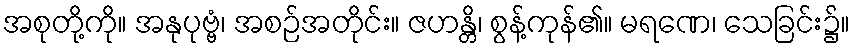
အစုတို့ကို။ အနုပုဗ္ဗံ၊ အစဉ်အတိုင်း။ ဇဟန္တိ၊ စွန့်ကုန်၏။ မရဏေ၊ သေခြင်း၌။